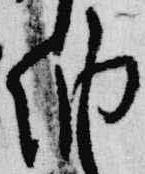
納